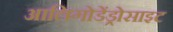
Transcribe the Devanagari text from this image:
आलिगोडेंड्रोसाइट